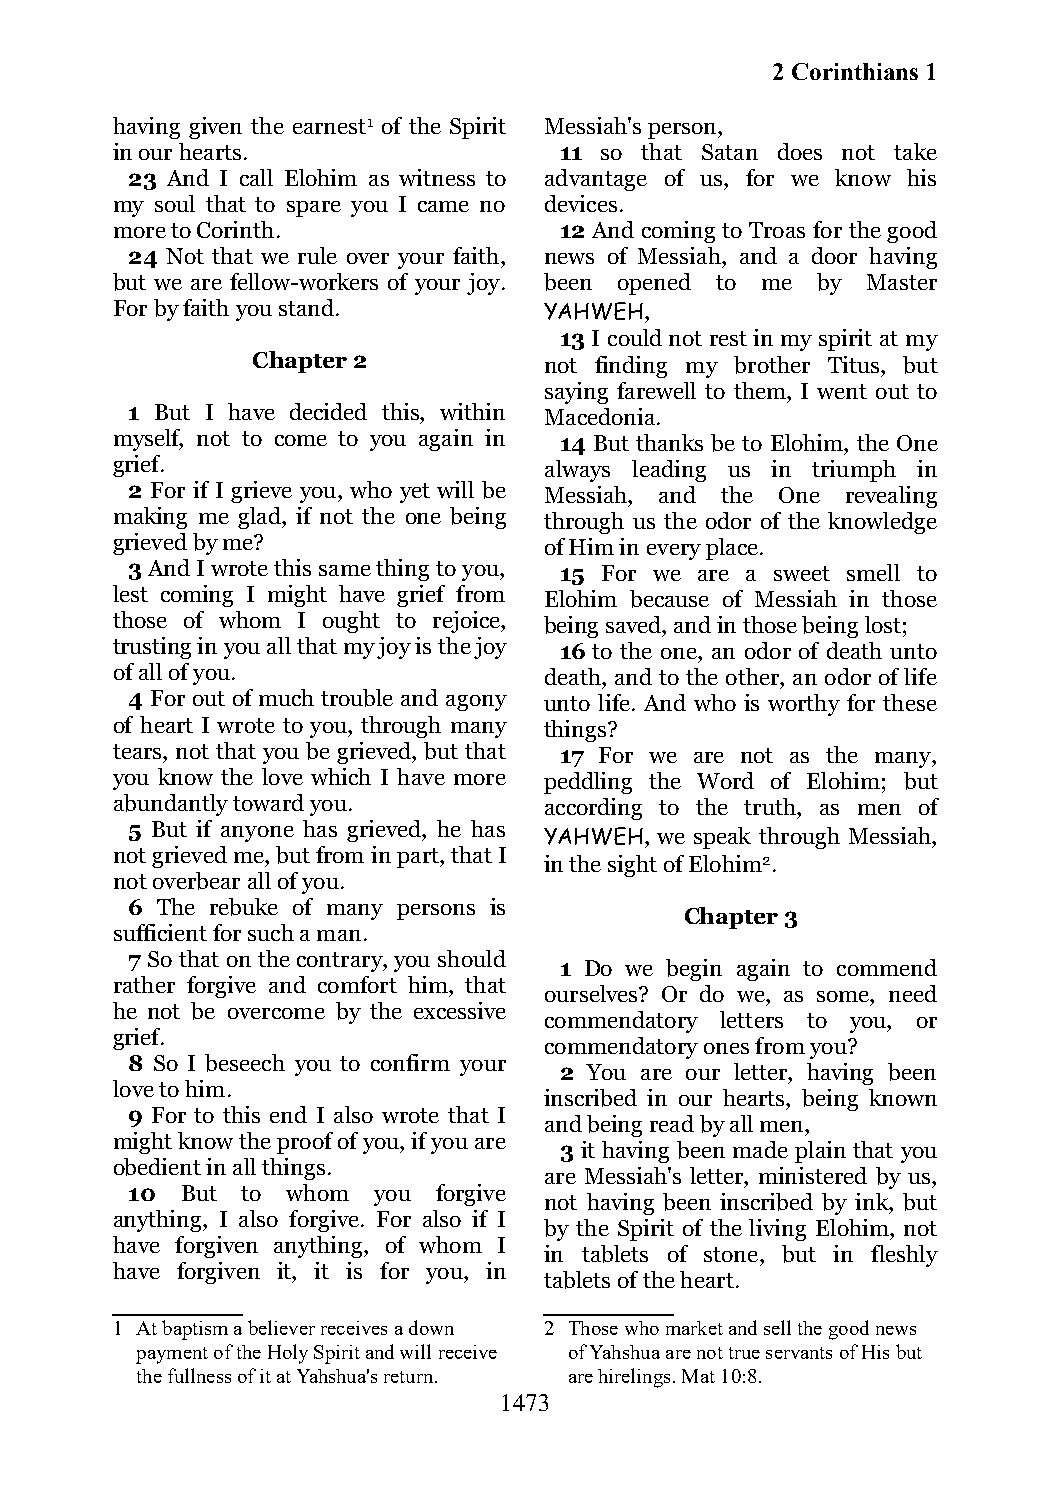
2 Corinthians 1
 having given the earnest1 of the Spirit Messiah's person,
 in our hearts.                11 so that Satan does not take
 23 And I call Elohim as witness to advantage of us, for we know his
 my soul that to spare you I came no devices.
 more to Corinth.              12 And coming to Troas for the good
 24 Not that we rule over your faith, news of Messiah, and a door having
 but we are fellow-workers of your joy. been opened to me by Master
 For by faith you stand.      YAHWEH,
 13 I could not rest in my spirit at my
 Chapter 2          not finding my brother Titus, but
 saying farewell to them, I went out to
 1 But I have decided this, within Macedonia.
 myself, not to come to you again in 14 But thanks be to Elohim, the One
 grief.                       always leading us in triumph in
 2 For if I grieve you, who yet will be Messiah, and the One revealing
 making me glad, if not the one being through us the odor of the knowledge
 grieved by me?               of Him in every place.
 3 And I wrote this same thing to you, 15 For we are a sweet smell to
 lest coming I might have grief from Elohim because of Messiah in those
 those of whom I ought to rejoice, being saved, and in those being lost;
 trusting in you all that my joy is the joy 16 to the one, an odor of death unto
 of all of you.               death, and to the other, an odor of life
 4 For out of much trouble and agony unto life. And who is worthy for these
 of heart I wrote to you, through many things?
 tears, not that you be grieved, but that 17 For we are not as the many,
 you know the love which I have more peddling the Word of Elohim; but
 abundantly toward you.       according to the truth, as men of
 5 But if anyone has grieved, he has
 YAHWEH, we speak through Messiah,
 not grieved me, but from in part, that I
 in the sight of Elohim2.
 not overbear all of you.
 6 The rebuke of many persons is
 Chapter 3
 sufficient for such a man.
 7 So that on the contrary, you should
 1 Do we begin again to commend
 rather forgive and comfort him, that
 ourselves? Or do we, as some, need
 he not be overcome by the excessive
 commendatory letters to you, or
 grief.
 commendatory ones from you?
 8 So I beseech you to confirm your
 2 You are our letter, having been
 love to him.
 inscribed in our hearts, being known
 9 For to this end I also wrote that I
 and being read by all men,
 might know the proof of you, if you are
 3 it having been made plain that you
 obedient in all things.
 are Messiah's letter, ministered by us,
 10  But to whom  you forgive
 not having been inscribed by ink, but
 anything, I also forgive. For also if I
 by the Spirit of the living Elohim, not
 have forgiven anything, of whom I
 in tablets of stone, but in fleshly
 have forgiven it, it is for you, in
 tablets of the heart.
 1 At baptism a believer receives a down 2 Those who market and sell the good news
 payment of the Holy Spirit and will receive of Yahshua are not true servants of His but
 the fullness of it at Yahshua's return. are hirelings. Mat 10:8.
 1473